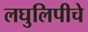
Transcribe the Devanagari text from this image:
लघुलिपीचे